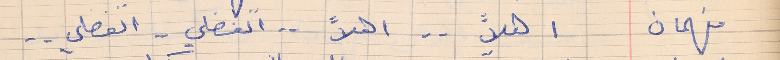
فهمان      اهلاً . . اهلاً . . اتفضلي  . . اتفضلي  . .